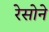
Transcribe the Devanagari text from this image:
रेसोने